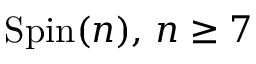
\operatorname { S p i n } ( n ) , \, n \geq 7